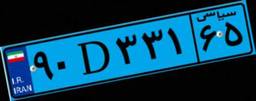
۵۰D۲۲۶۹۹